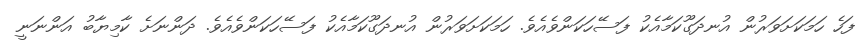
ފަހެ ހަމަކަށަވަރުން އުނދަގޫކަމާއެކު ފަސޭހަކަންވެއެވެ. ހަމަކަށަވަރުން އުނދަގޫކަމާއެކު ފަސޭހަކަންވެއެވެ. ދަންނަށެ ކާމިޔާބު އަންނަނީ